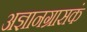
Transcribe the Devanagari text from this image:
अज्ञानग्रासकं